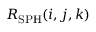
R _ { \mathrm { S P H } } ( i , j , k )